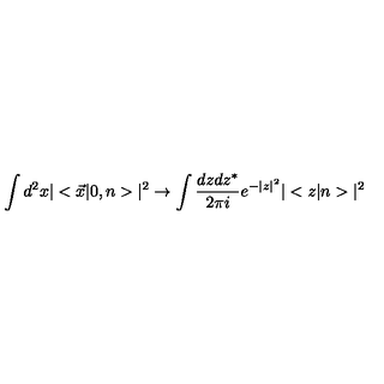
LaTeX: \int d ^ { 2 } x | < \vec { x } | 0 , n > | ^ { 2 } \to \int { \frac { d z d z ^ { * } } { 2 \pi i } } e ^ { - | z | ^ { 2 } } | < z | n > | ^ { 2 }